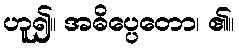
ဟူ၍။ အဓိပ္ပေတော၊ ၏။